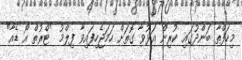
މިހަފްތާ ބަންދުގައި ކުރިން އަޅުވާ ގޮތަށް ހަމަޖެހިފައިވާ ފިލްމު "ޓްރުތް އޯ ޑެއާ"